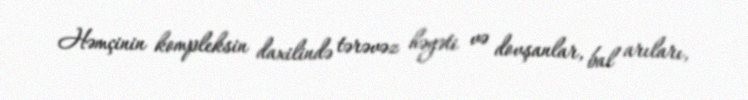
Həmçinin kompleksin daxilində tərəvəz həyəti və dovşanlar, bal arıları,